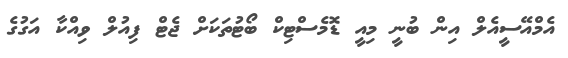
އެމްއޭސީއެލް އިން ބުނީ މިއީ ޑޮމެސްޓިކް ބޯޓުތަކަށް ޖެޓް ފިއުލް ވިއްކާ އަގުގެ